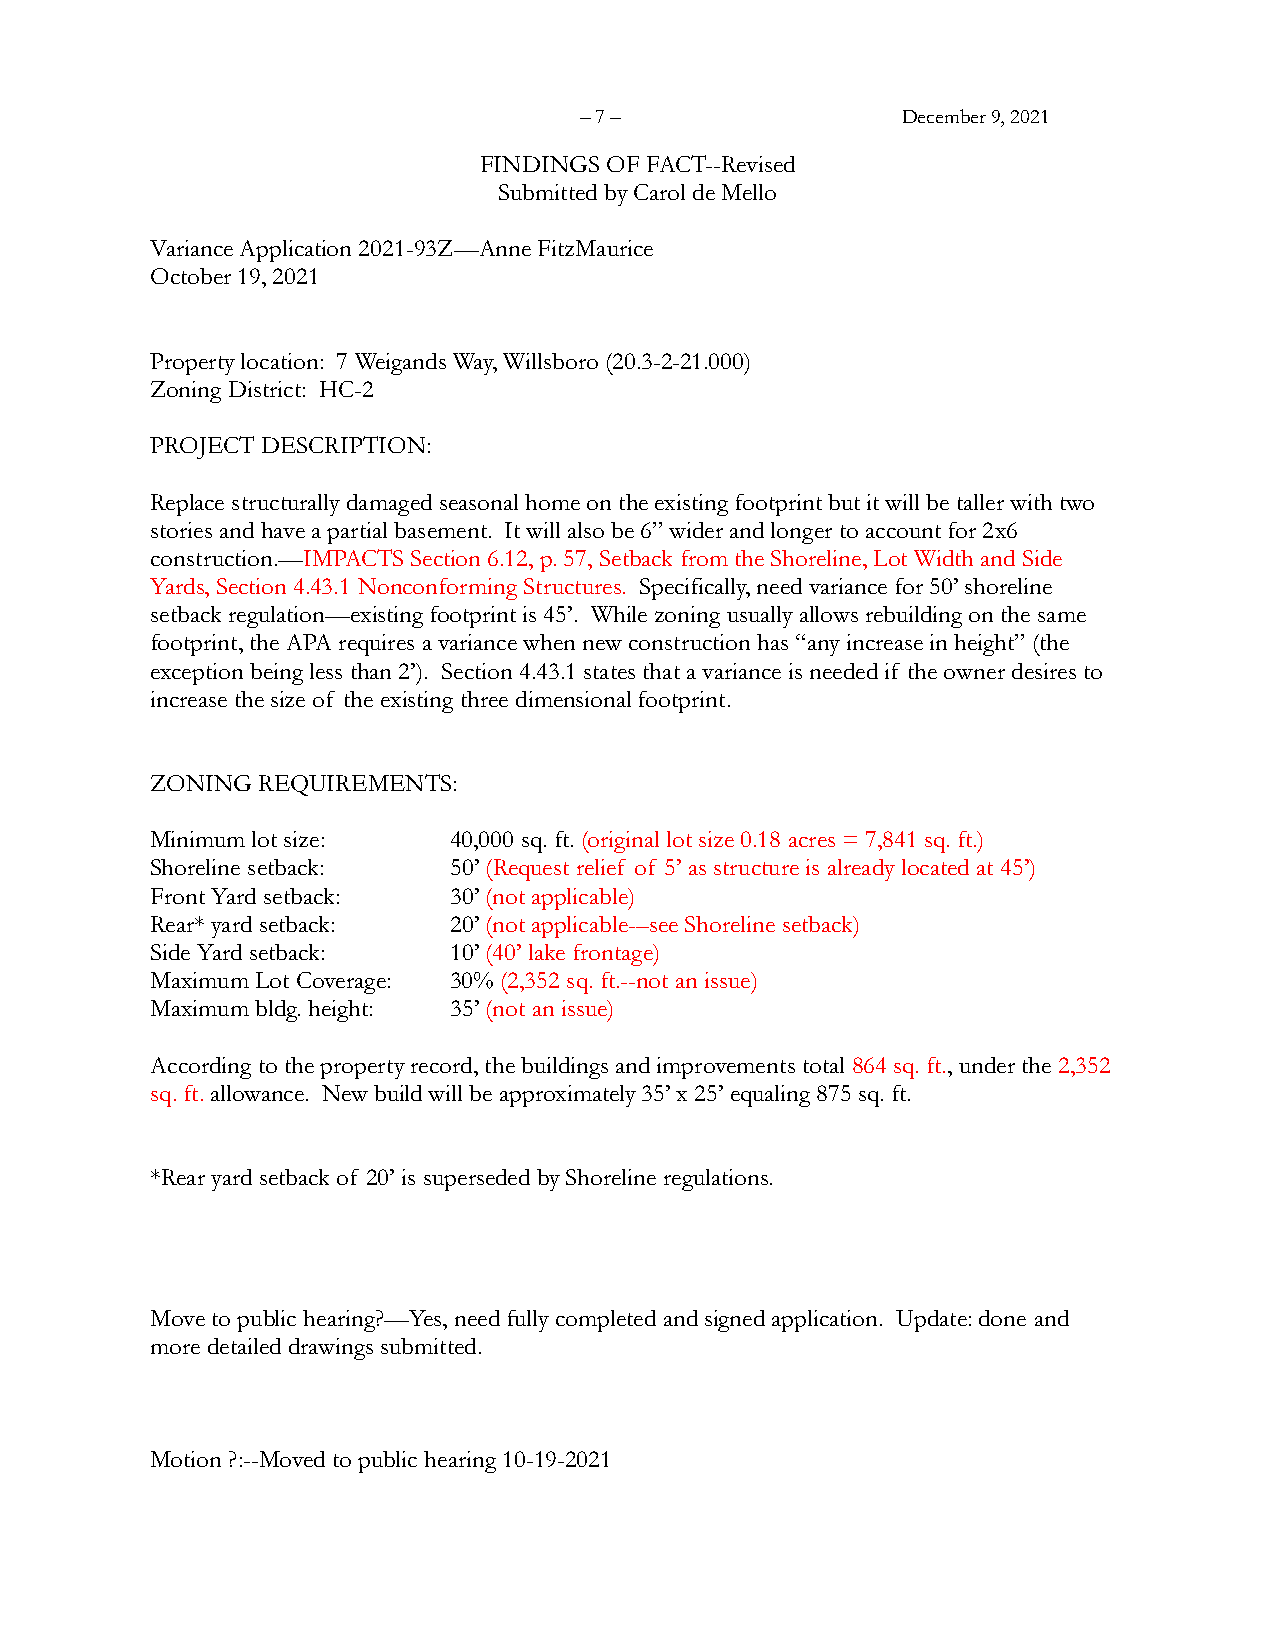
– 7 –                 December 9, 2021
 FINDINGS OF FACT--Revised
 Submitted by Carol de Mello
 Variance Application 2021-93Z—Anne FitzMaurice
 October 19, 2021
 Property location: 7 Weigands Way, Willsboro (20.3-2-21.000)
 Zoning District: HC-2
 PROJECT DESCRIPTION:
 Replace structurally damaged seasonal home on the existing footprint but it will be taller with two
 stories and have a partial basement. It will also be 6” wider and longer to account for 2x6
 construction.—IMPACTS Section 6.12, p. 57, Setback from the Shoreline, Lot Width and Side
 Yards, Section 4.43.1 Nonconforming Structures. Specifically, need variance for 50’ shoreline
 setback regulation—existing footprint is 45’. While zoning usually allows rebuilding on the same
 footprint, the APA requires a variance when new construction has “any increase in height” (the
 exception being less than 2’). Section 4.43.1 states that a variance is needed if the owner desires to
 increase the size of the existing three dimensional footprint.
 ZONING REQUIREMENTS:
 Minimum lot size:   40,000 sq. ft. (original lot size 0.18 acres = 7,841 sq. ft.)
 Shoreline setback:  50’ (Request relief of 5’ as structure is already located at 45’)
 Front Yard setback: 30’ (not applicable)
 Rear* yard setback: 20’ (not applicable-–see Shoreline setback)
 Side Yard setback:  10’ (40’ lake frontage)
 Maximum Lot Coverage: 30% (2,352 sq. ft.--not an issue)
 Maximum bldg. height: 35’ (not an issue)
 According to the property record, the buildings and improvements total 864 sq. ft., under the 2,352
 sq. ft. allowance. New build will be approximately 35’ x 25’ equaling 875 sq. ft.
 *Rear yard setback of 20’ is superseded by Shoreline regulations.
 Move to public hearing?—Yes, need fully completed and signed application. Update: done and
 more detailed drawings submitted.
 Motion ?:--Moved to public hearing 10-19-2021